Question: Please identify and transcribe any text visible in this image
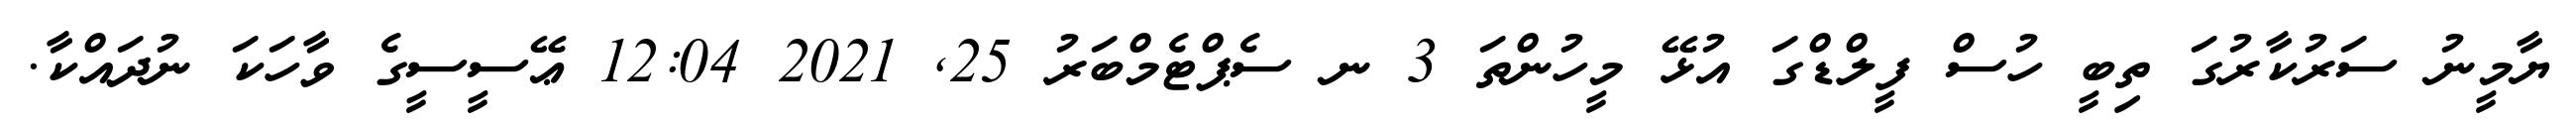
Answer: ޔާމީނު ސަރުކާރުގަ ތިބީ ހުސް ފީލްޑްގަ އުޅޭ މީހުންތަ 3 ނ ސެޕްޓެމްބަރު 25, 2021 12:04 ޢޭސީސީގެ ވާހަކަ ނުދައްކާ.